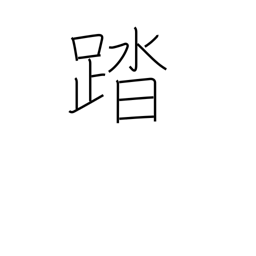
Meaning: carry through